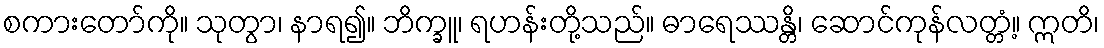
စကားတော်ကို။ သုတွာ၊ နာရ၍။ ဘိက္ခူ၊ ရဟန်းတို့သည်။ ဓာရေဿန္တိ၊ ဆောင်ကုန်လတ္တံ့။ ဣတိ၊